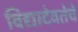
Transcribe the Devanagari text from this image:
विद्यादेवतेचे